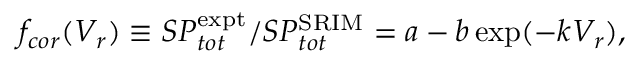
f _ { c o r } ( V _ { r } ) \equiv S P _ { t o t } ^ { \mathrm { e x p t } } / S P _ { t o t } ^ { \mathrm { S R I M } } = a - b \exp ( - k V _ { r } ) ,